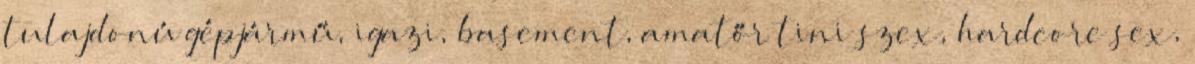
tulajdonú gépjármű, igazi, basement, amatőr tini szex, hardcore sex,